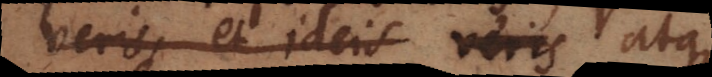
veris, et ideis veris minime